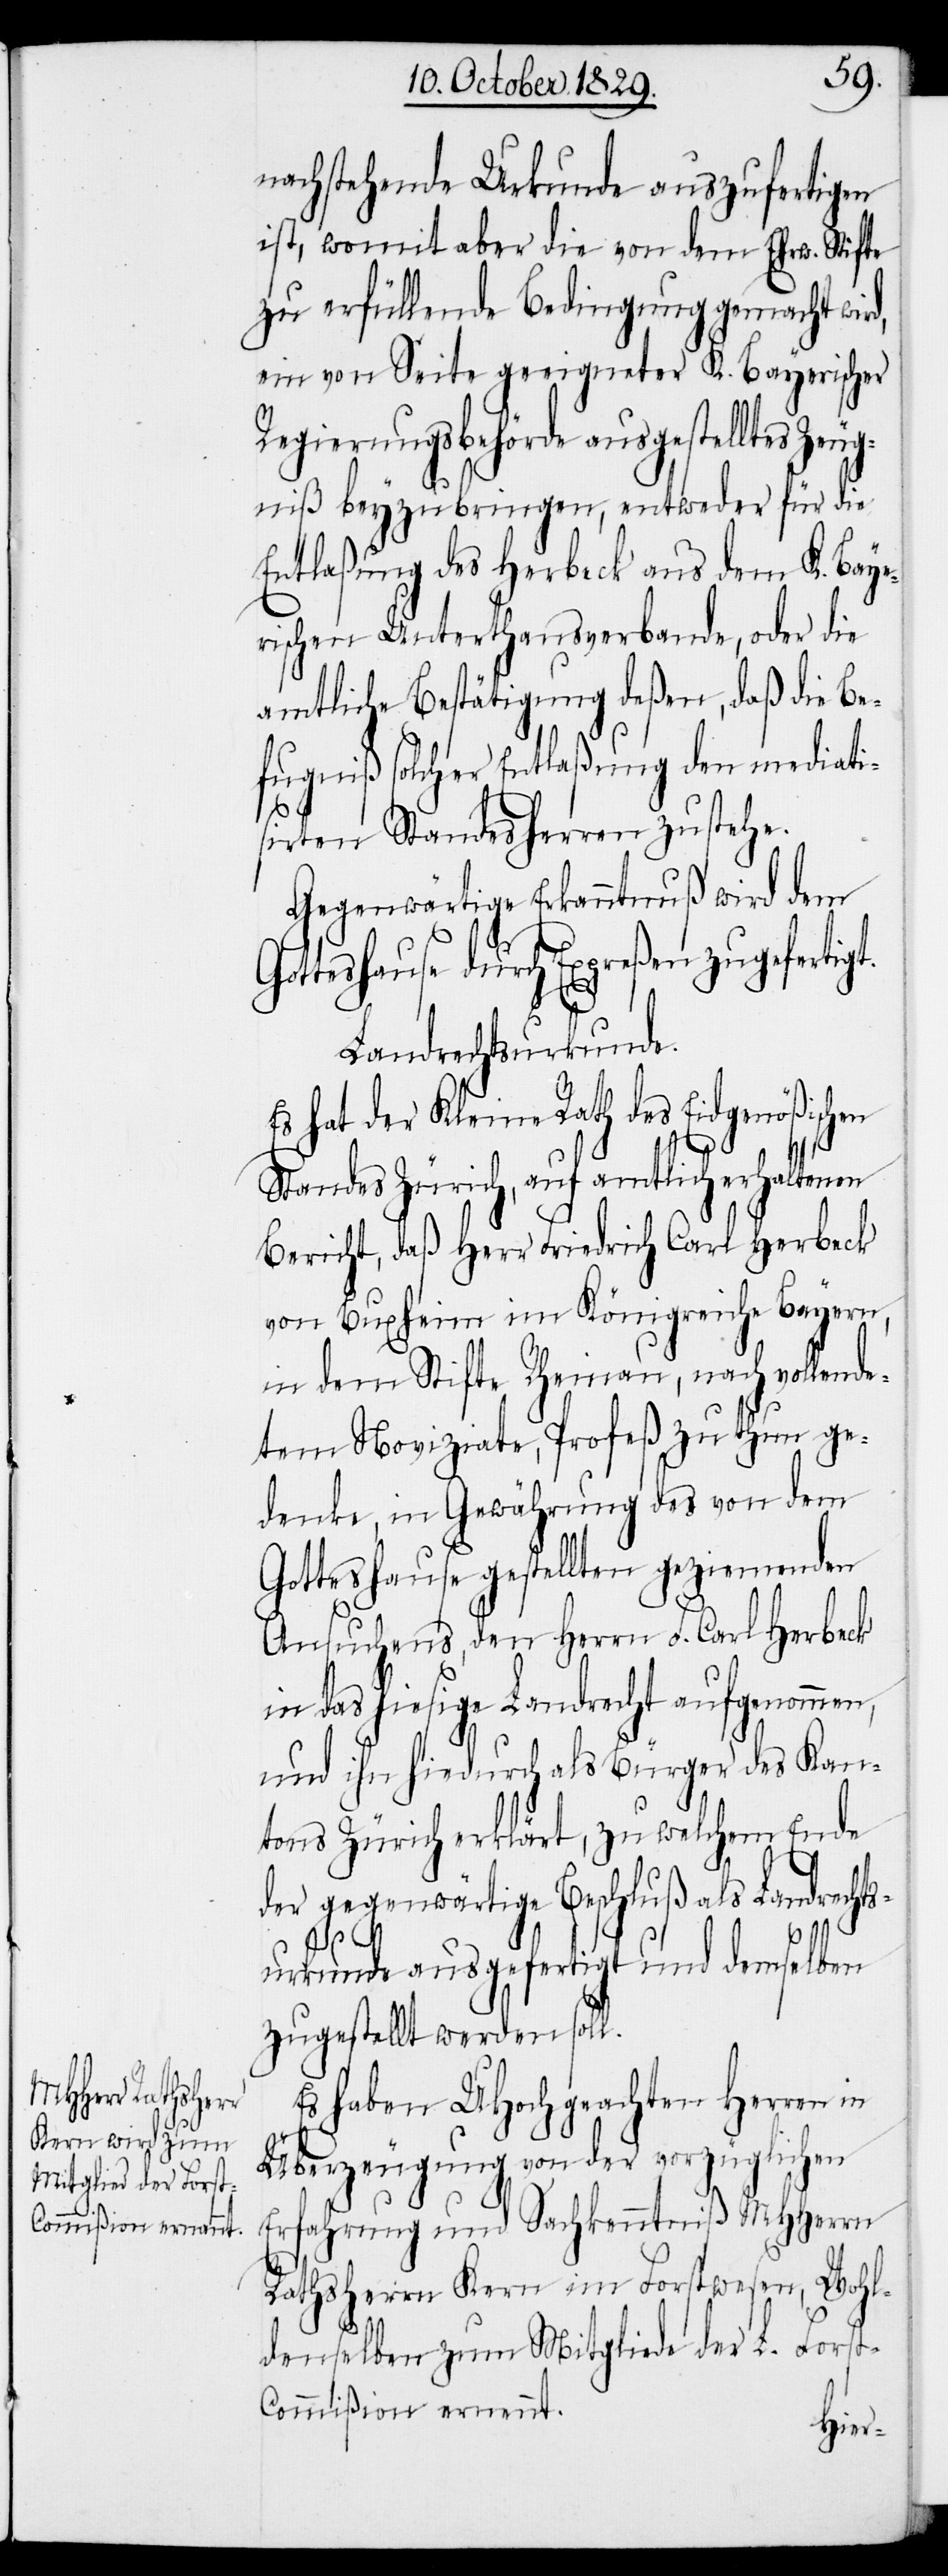
nachstehende Urkunde auszufertigen
ist, womit aber die von dem Ehrw. Stifte
zu erfüllende Bedingung gemacht wir¬
ein von Seite geeigneter K. Bayerischer
Regierungsbehörde ausgestelltes Zeug¬
niß beyzubringen, entweder für die
Entlaßung des Herbeck aus dem K. Baye¬
rischen Unterthanenverbande, oder die
amtliche Bestätigung deßen, daß die Be¬
fugniß solcher Entlaßung den mediati¬
sirten Standesherren zustehe.
Gegenwärtige Erkanntnuß wird dem
Gotteshause durch Expreßen zugefertigt.
Landrechtsurkunde.
Es hat der Kleine Rath des Eidgenößischen
Standes Zürich, auf amtlich erhaltenen
Bericht, daß Herr Friedrich Carl Herbeck
von Buxheim im Königreiche Bayern,
in dem Stifte Rheinau, nach vollende¬
tem Noviziate, Profeß zu thun ge¬
denke, in Gewährung des von dem
Gotteshause gestellten geziemenden
Ansuchens, den Herrn F. Carl Herbeck
in das hiesige Landrecht aufgenommen,
und ihn hiedurch als Bürger des Kan¬
tons Zürich erklärt, zu welchem Ende
der gegenwärtige Beschluß als Landrecht¬
d,
surkunde ausgefertigt und demselben
zugestellt werden soll.
Es haben UHochgeachten Herren in
Überzeugung von der vorzüglichen
Erfahrung und Sachkenntniß MHHerrn
Rathsherrn Kern im Forstwesen, Wohl¬
denselben zum Mitgliede der L. Fors¬
t-Commißion ernennt.